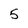
Character: 5